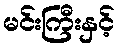
မင်းကြီးနှင့်